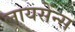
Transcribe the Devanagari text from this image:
लायसेंन्स